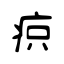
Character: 疻